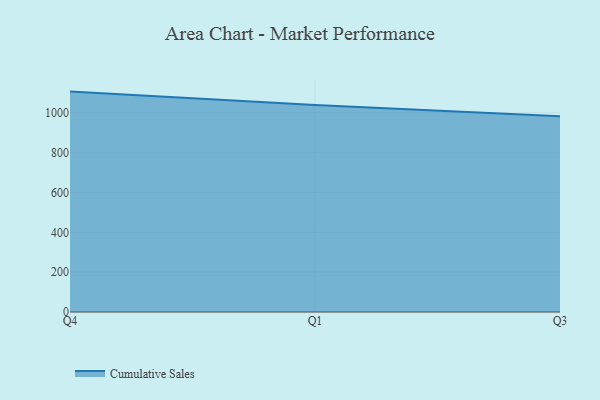
{"axis": {"x": "Quarter", "y": "Demand Index"}, "legend": ["Cumulative Sales"], "data": [{"x": "Q4", "y": 1106.2, "type": "Cumulative Sales"}, {"x": "Q1", "y": 1038.6, "type": "Cumulative Sales"}, {"x": "Q3", "y": 982.0, "type": "Cumulative Sales"}]}